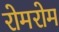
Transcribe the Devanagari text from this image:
रोमरोम